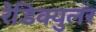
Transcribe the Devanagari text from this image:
रेडिक्युलर